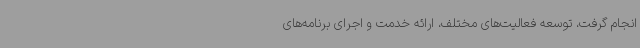
انجام گرفت، توسعه فعالیت‌های مختلف، ارائه خدمت و اجرای برنامه‌های